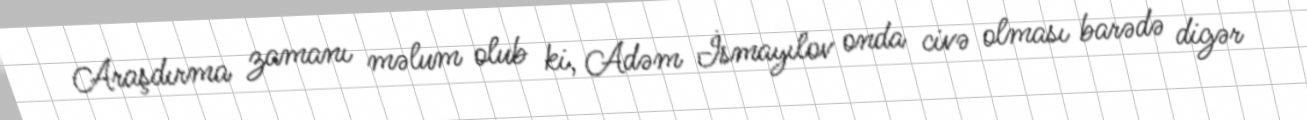
Araşdırma zamanı məlum olub ki, Adəm İsmayılov onda civə olması barədə digər